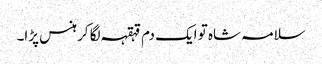
سلامہ شاہ تو ایک دم قہقہہ لگا کر ہنس پڑا۔